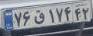
۷۶ق۱۷۴۴۲